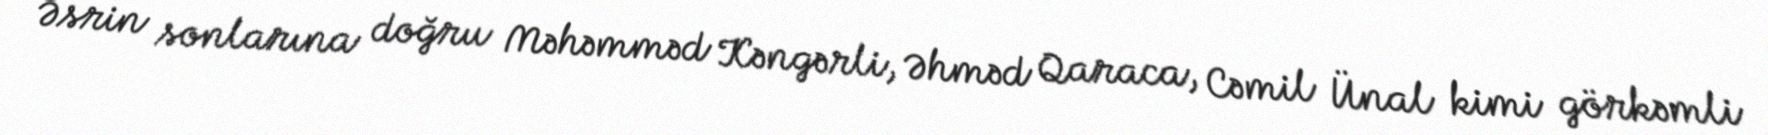
Əsrin sonlarına doğru Məhəmməd Kəngərli, Əhməd Qaraca, Cəmil Ünal kimi görkəmli